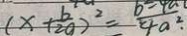
( x + \frac { b } { 2 a } ) ^ { 2 } = \frac { b ^ { 2 } - 4 a } { 4 a \cdot ^ { 2 } } \cdot